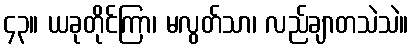
၄၃။ ယခုတိုင်ကြာ၊ မလွတ်သာ၊ လည်ချာတသဲသဲ။